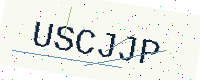
Text: USCJJP